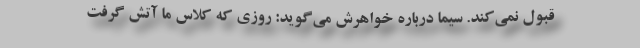
قبول نمی‌کند. سیما درباره خواهرش می‌گوید: روزی که کلاس ما آتش گرفت